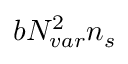
b \ensuremath { N _ { v a r } } ^ { 2 } \ensuremath { n _ { s } }